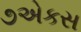
૭એકસ